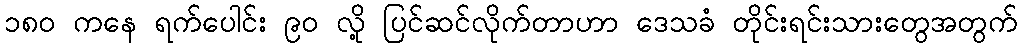
၁၈၀ ကနေ ရက်ပေါင်း ၉၀ လို့ ပြင်ဆင်လိုက်တာဟာ ဒေသခံ တိုင်းရင်းသားတွေအတွက်